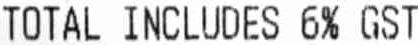
TOTAL INCLUDES 6% GST